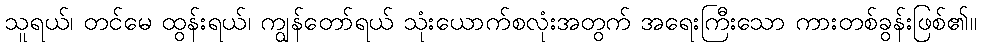
သူရယ်၊ တင်မေ ထွန်းရယ်၊ ကျွန်တော်ရယ် သုံးယောက်စလုံးအတွက် အရေးကြီးသော ကားတစ်ခွန်းဖြစ်၏။